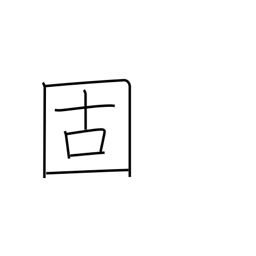
Meaning: set